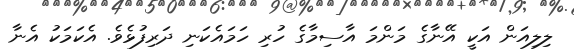
ލިލިއަން އަކީ އޭނާގެ މަންމަ އާސިމާގެ ހުރި ހަމައެކަނި ދަރިފުޅެވެ. އެކަމަކު އެނާ